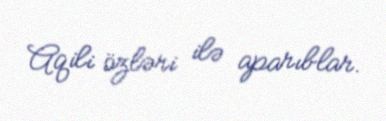
Aqili özləri ilə aparıblar.